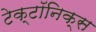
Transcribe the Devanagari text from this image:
टेक्टॉनिक्स